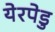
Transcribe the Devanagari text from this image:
येरपेडु